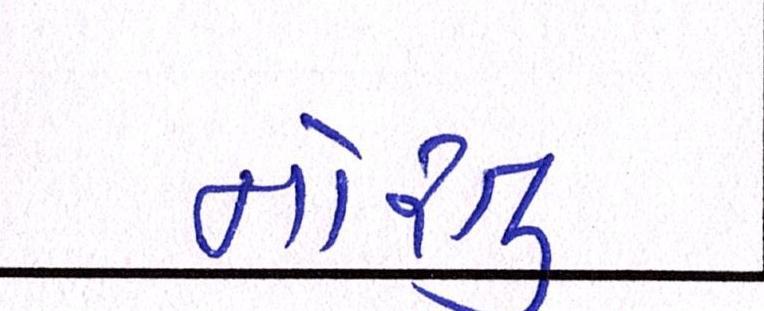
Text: નોરતુ